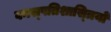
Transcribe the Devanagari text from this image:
वनस्‍पतिशास्‍त्रियों